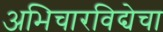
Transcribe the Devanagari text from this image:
अभिचारविद्येचा